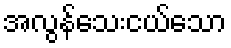
အလွန်သေးငယ်သော